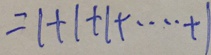
= 1 + 1 + 1 + \cdots + 1